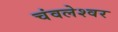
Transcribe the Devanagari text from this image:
चंवलेश्वर